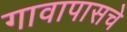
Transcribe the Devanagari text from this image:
गावापासचे